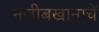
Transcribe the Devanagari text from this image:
नजीबखानाचें